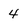
Character: 4